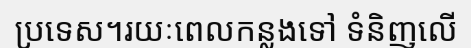
ប្រទេស។រយៈពេលកន្លងទៅ ទំនិញលើ